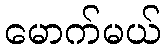
မောက်မယ်